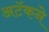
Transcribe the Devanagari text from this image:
अटॅकने